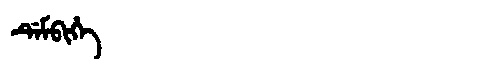
Manchu: ᡩᡝᠮᠪᡳᡥᡝ
Romanization: DEMBIHE